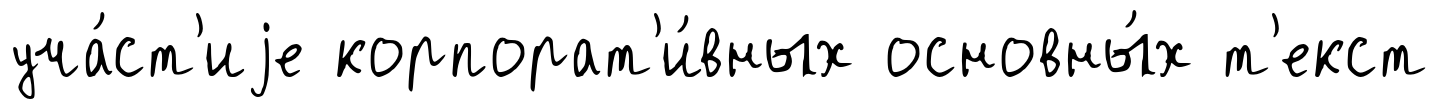
уча́ст'иjе корпорат'и́вных основны́х т'екст